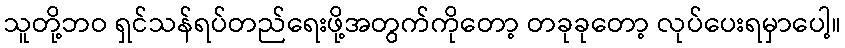
သူတို့ဘဝ ရှင်သန်ရပ်တည်ရေးဖို့အတွက်ကိုတော့ တခုခုတော့ လုပ်ပေးရမှာပေါ့။